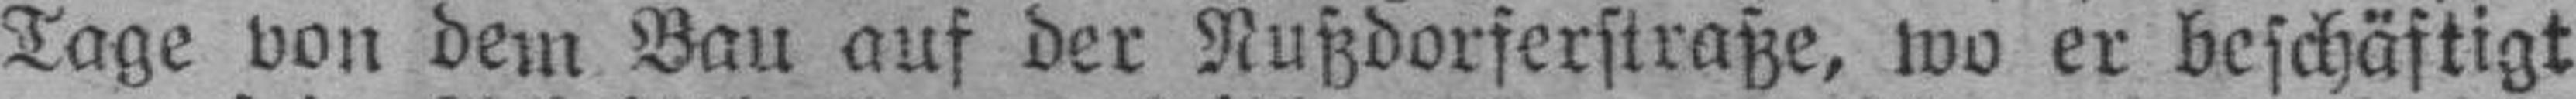
Tage von dem Bau auf der Nußdorserstraße, wo er beschäftigt